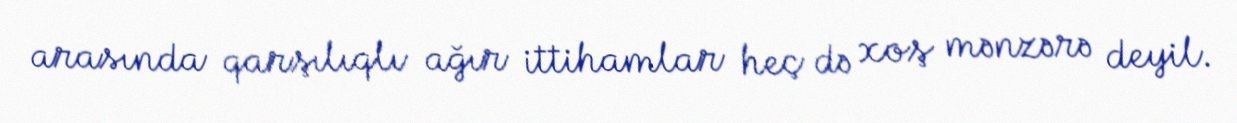
arasında qarşılıqlı ağır ittihamlar heç də xoş mənzərə deyil.